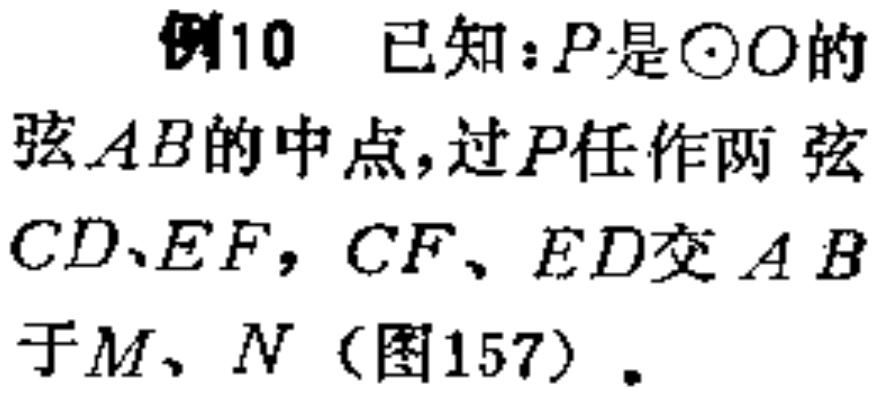
例10 已知：\(P\)是\(\odot O\)的弦\(AB\)的中点，过\(P\)任作两弦\(CD\)、\(EF\)，\(CF\)、\(ED\)交\(AB\)于\(M\)、\(N\)（图157）。